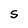
Character: S